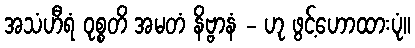
အသံဟီရံ ဝုစ္စတိ အမတံ နိဗ္ဗာနံ - ဟု ဖွင့်ဟောထားပုံ။